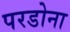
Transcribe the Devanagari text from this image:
परडोना